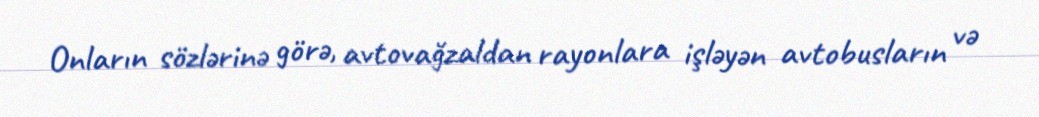
Onların sözlərinə görə, avtovağzaldan rayonlara işləyən avtobusların və